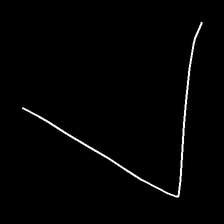
Glyph: region